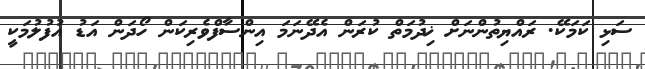
ސަޅި ކަމަކޭ. ރައްޔިތުންނަށް ޚިދުމަތް ކުރަން އެދޭނަމަ އިންސާފްވެރިކަން ހޯދަން އަޑު އުފުލުމަކީ